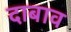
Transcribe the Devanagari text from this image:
दाबाव